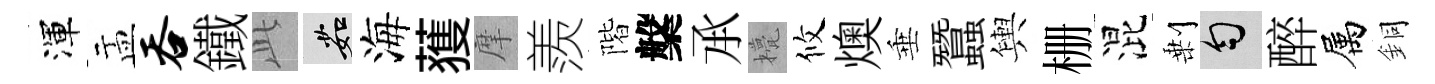
渾盂吞鐵𬼘茹海𫉬摩羨階槃𠄘甍攸燠垂蠶輿栅混剰匀醉属銅